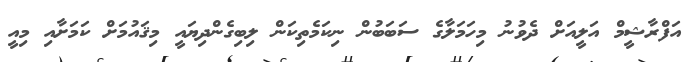
އަފްރާޝީމް އަލީއަށް ދެވުނު މިހަމަލާގެ ސަބަބުން ނިކަމެތިކަން ލިބިގެންދިޔައީ މިޤައުމަށް ކަމަށާއި މިއީ